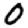
Digit: 0